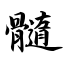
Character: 髓